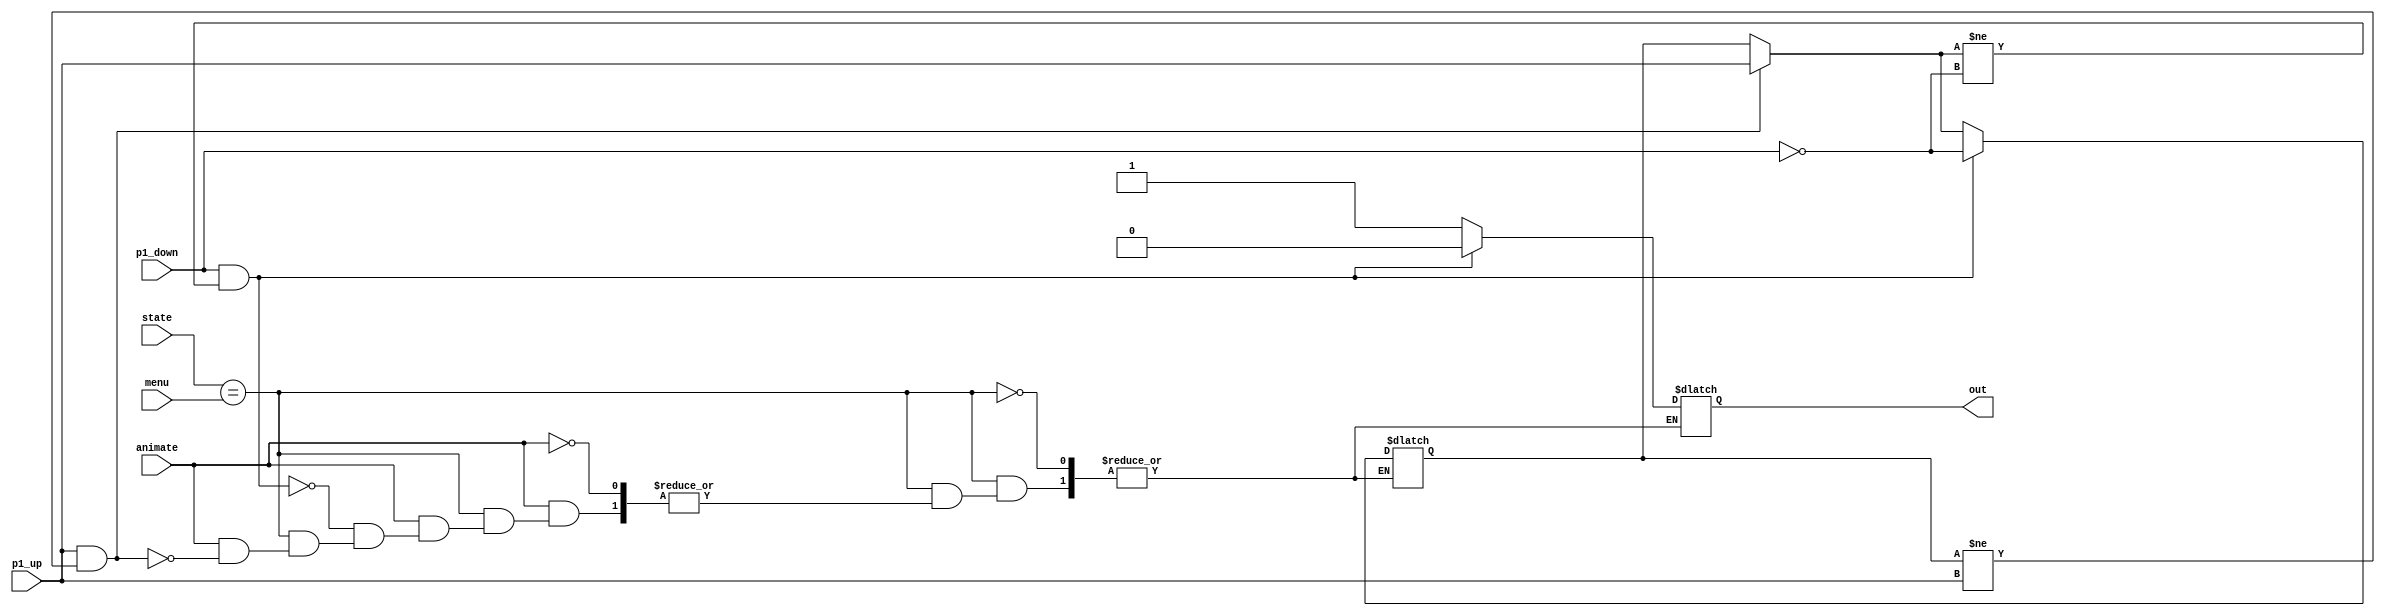
`timescale 1ns / 1ps
//////////////////////////////////////////////////////////////////////////////////
// Company: 
// Engineer: 
// 
// Design Name: 
// Module Name: menu_ctrl
// Project Name: 
// Target Devices: 
// Tool Versions: 
// Description: 
// 
// Dependencies: 
// 
// Revision:
// Revision 0.01 - File Created
// Additional Comments:
// 
//////////////////////////////////////////////////////////////////////////////////


module menu_ctrl(
    input p1_up, p1_down, animate, 
    input [2:0] state, menu, 
    output reg out
    );
    
    reg button_ctrl;
    initial
        begin
            out = 0;
            button_ctrl = 0;
        end
    always @ (p1_up or p1_down)
    begin
        if(state == menu)
        begin
            if(animate)
                begin 
                    if(p1_up && button_ctrl != p1_up)
                    begin
                        out = 1;
                        button_ctrl = p1_up;
                    end
                    if(p1_down && button_ctrl != ~p1_down)
                    begin
                        out = 0;
                        button_ctrl = ~p1_down;
                    end
               end
        end
    end
endmodule